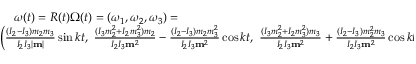
\begin{array} { r } { { \boldsymbol \omega } ( t ) = R ( t ) { \boldsymbol \Omega } ( t ) = ( \omega _ { 1 } , \omega _ { 2 } , \omega _ { 3 } ) = \qquad \qquad \qquad \qquad \qquad \qquad \qquad \qquad \qquad \qquad } \\ { \left( \frac { ( I _ { 2 } - I _ { 3 } ) m _ { 2 } m _ { 3 } } { I _ { 2 } I _ { 3 } | { \bf m } | } \sin k t , ~ \frac { ( I _ { 3 } m _ { 2 } ^ { 2 } + I _ { 2 } m _ { 3 } ^ { 2 } ) m _ { 2 } } { I _ { 2 } I _ { 3 } { \bf m } ^ { 2 } } - \frac { ( I _ { 2 } - I _ { 3 } ) m _ { 2 } m _ { 3 } ^ { 2 } } { I _ { 2 } I _ { 3 } { \bf m } ^ { 2 } } \cos k t , ~ \frac { ( I _ { 3 } m _ { 2 } ^ { 2 } + I _ { 2 } m _ { 3 } ^ { 2 } ) m _ { 3 } } { I _ { 2 } I _ { 3 } { \bf m } ^ { 2 } } + \frac { ( I _ { 2 } - I _ { 3 } ) m _ { 2 } ^ { 2 } m _ { 3 } } { I _ { 2 } I _ { 3 } { \bf m } ^ { 2 } } \cos k t \right) } \end{array}